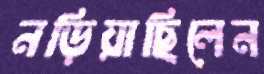
নড়িয়াছিলেন